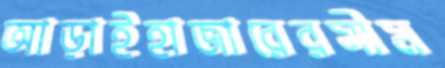
আড়াইহাজারেরসীম